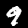
Digit: 9